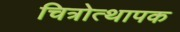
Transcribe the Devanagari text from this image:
चित्रोत्थापक